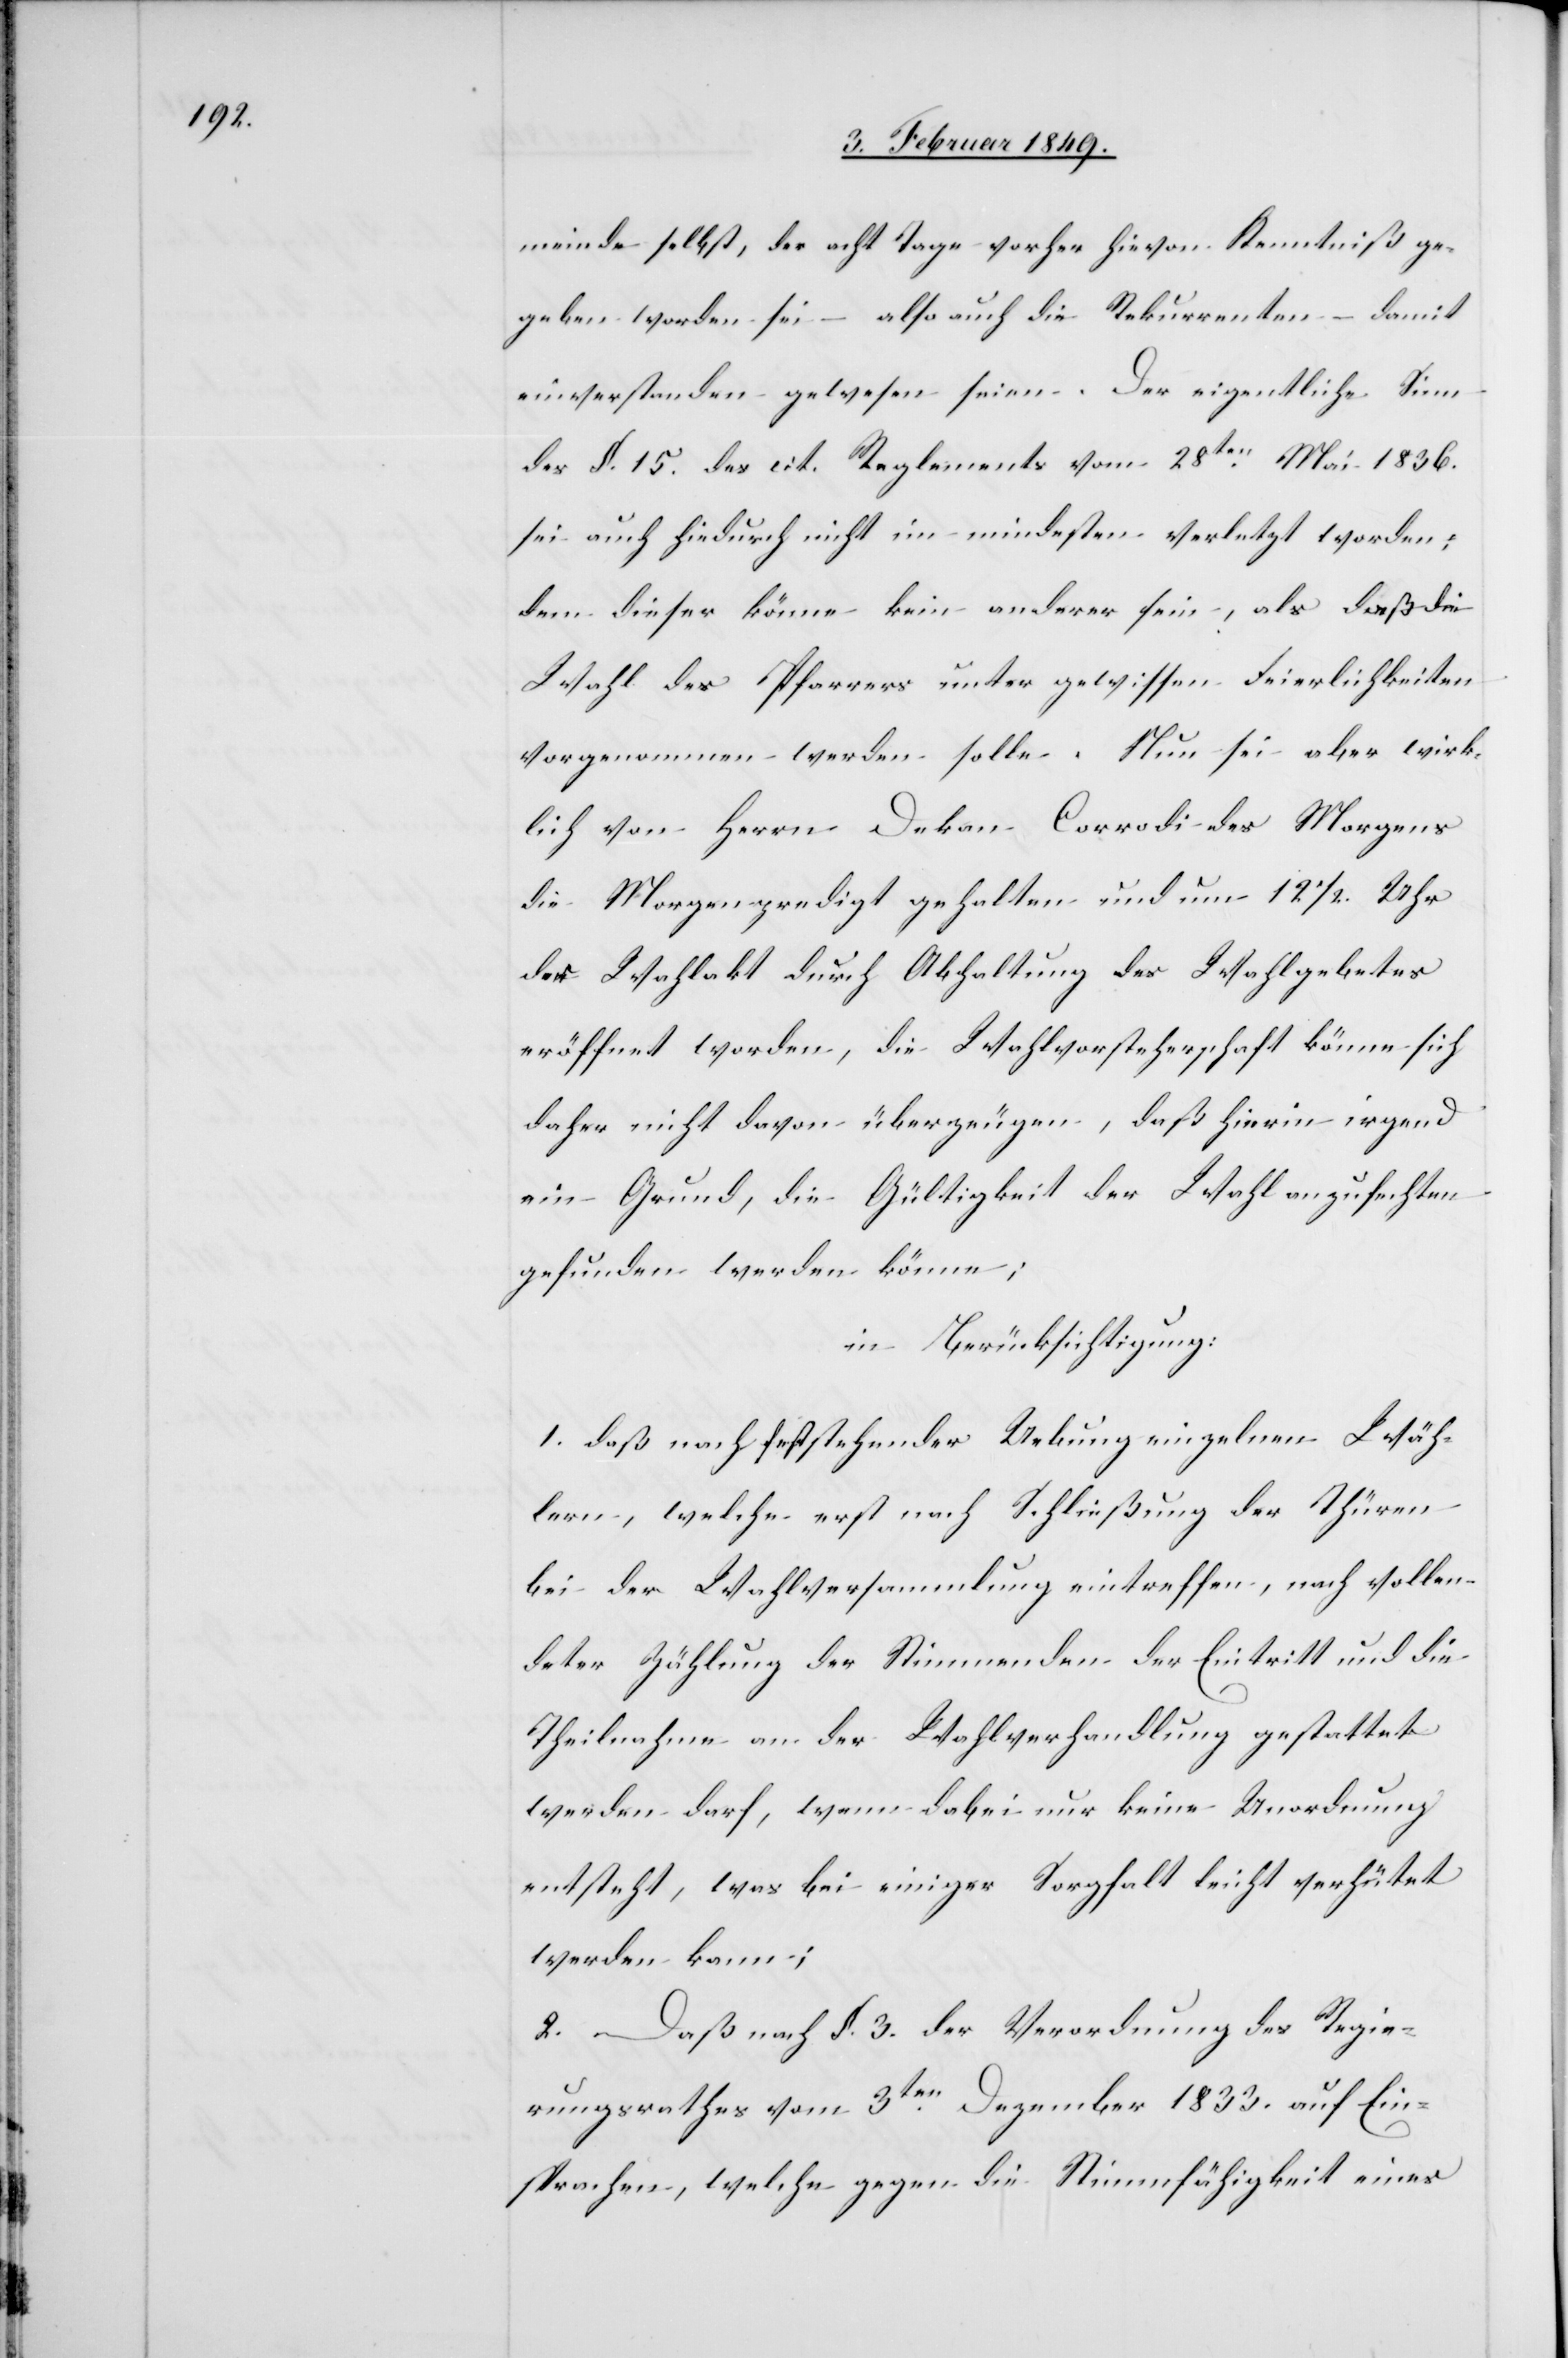
meinde selbst, der acht Tage vorher hievon Kenntniß ge¬
geben worden sei – also auch die Rekurrenten – damit
einverstanden gewesen seien. Der eigentliche Sinn
des §. 15. des cit. Reglements vom 28ten. Mai 1836.
sei auch hiedurch nicht im mindesten verletzt worden;
denn dieser könne kein anderer sein, als daß die
Wahl des Pfarrers unter gewissen Feierlichkeiten
vorgenommen werden solle. Nun sei aber wirk¬
lich von Herrn Dekan Corrodi des Morgens
die Morgenpredigt gehalten und um 12 1/2. Uhr
der Wahlakt durch Abhaltung des Wahlgebetes
eröffnet worden, die Wahlvorsteherschaft könne sich
daher nicht davon überzeugen, daß hierin irgend
ein Grund, die Gültigkeit der Wahl anzufechten
gefunden werden könne;
in Berücksichtigung:
1. daß nach fest stehender Uebung einzelnen Wäh¬
lern, welche erst nach Schließung der Thüren
bei der Wahlversammlung eintreffen, nach vollen¬
deter Zählung der Stimmenden der Eintritt und die
Theilnahme an der Wahlverhandlung gestattet
werden darf, wenn dabei nur keine Unordnung
entsteht, was bei einiger Sorgfalt leicht verhütet
werden kann;
2. Daß nach §. 3. der Verordnung des Regie¬
rungsrathes vom 3ten. Dezember 1833. auf Ein¬
sprachen, welche gegen die Stimmfähigkeit eines